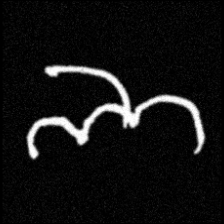
Pyu character \u2014 Myanmar letter: ဘ (romanized: bha)